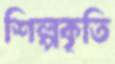
শিল্পকৃতি